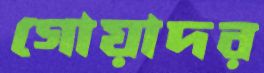
গোয়াদর